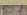
كورليونى